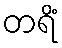
တရိံ